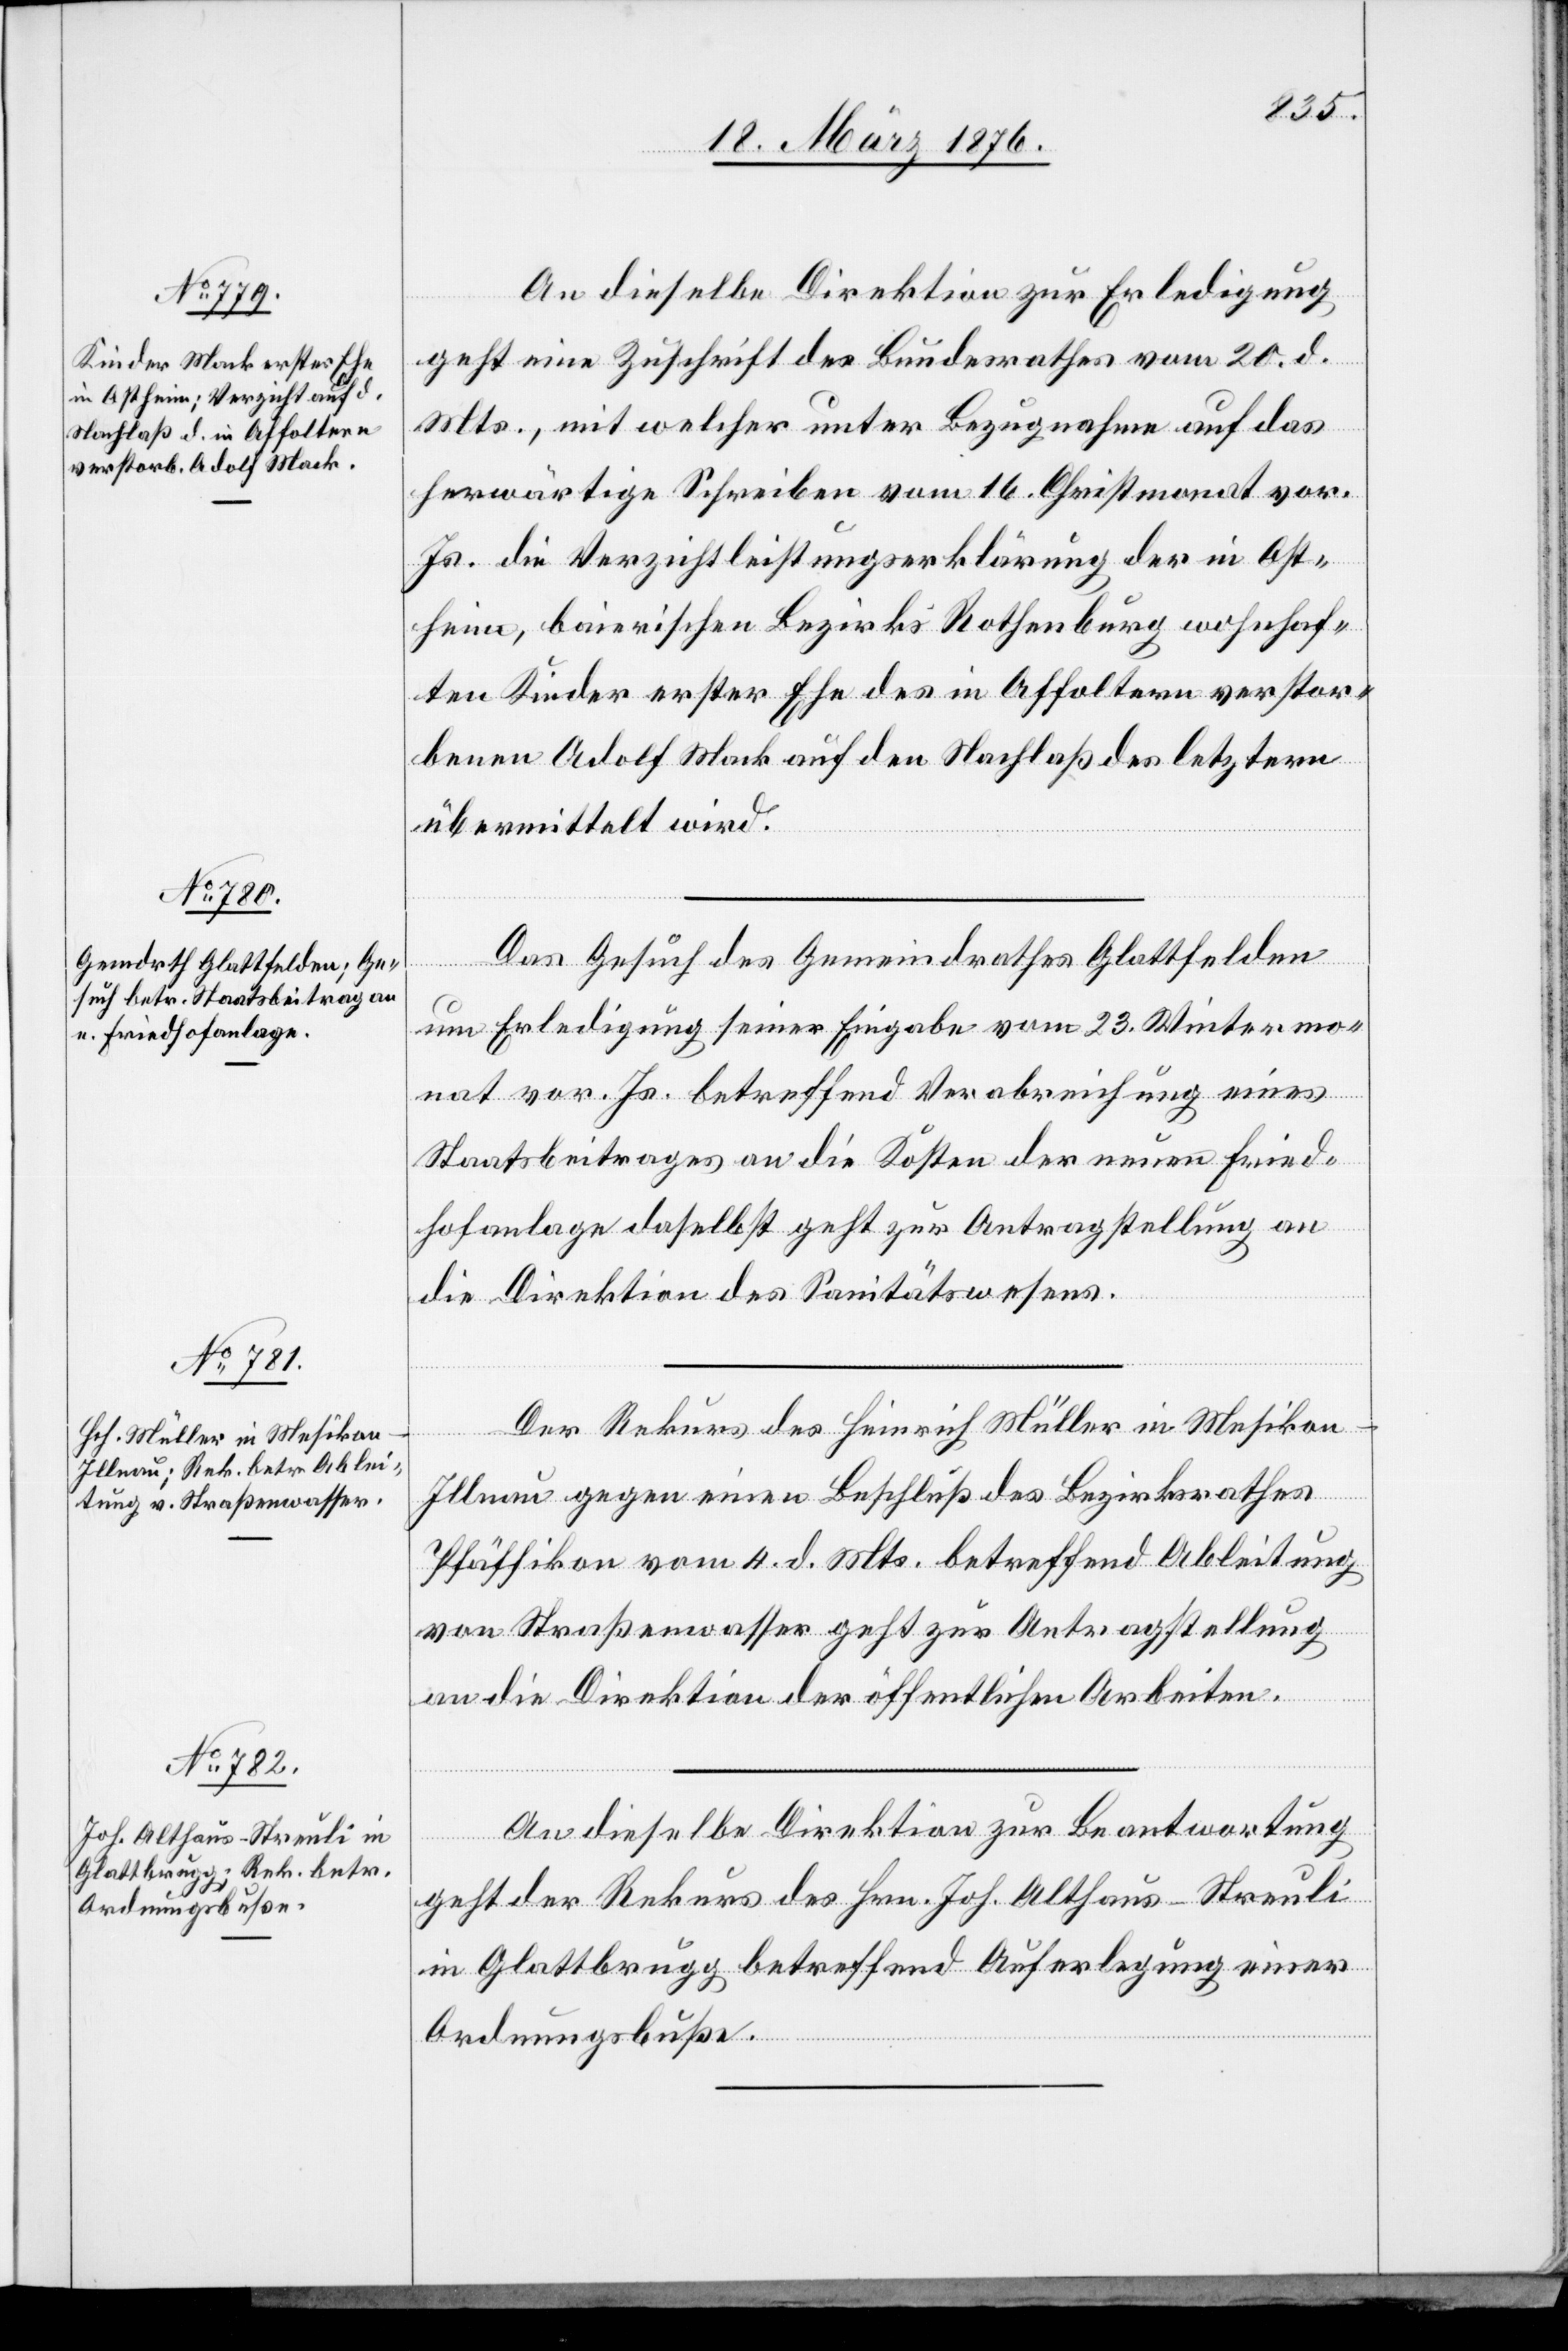
22. März 1876.]
An dieselbe Direktion zur Erledigung
geht eine Zuschrift des Bundesrathes vom 20. d.
Mts., mit welcher unter Bezugnahme auf das
herwärtige Schreiben vom 16. Christmonat vor.
Js. die Verzichtleistungserklärung der in Ost¬
heim, baierischen Bezirks Rothenburg wohnhaf¬
ten Kinder erster Ehe des in Affoltern verstor¬
benen Adolf Mack auf den Nachlaß des letztern
übermittelt wird.
Das Gesuch des Gemeindrathes Glattfelden
um Erledigung seiner Eingabe vom 23. Wintermo¬
nat vor. Js. betreffend Verabreichung eines
Staatsbeitrages an die Kosten der neuen Fried¬
hofanlage daselbst geht zur Antragstellung an
die Direktion des Sanitätswesens.
Der Rekurs des Heinrich Müller in Mesikon
-
Illnau gegen einen Beschluß des Bezirksrathes
Pfäffikon vom 4. d. Mts. betreffend Ableitung
von Straßenwasser geht zur Antragstellung
an die Direktion der öffentlichen Arbeiten.
An dieselbe Direktion zur Beantwortung
geht der Rekurs des Hrn. Joh. Althaus-Streuli
in Glattbrugg betreffend Auferlegung einer
Ordnungsbuße.